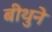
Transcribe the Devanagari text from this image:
बीथुने